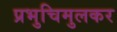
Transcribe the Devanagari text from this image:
प्रभुचिमुलकर